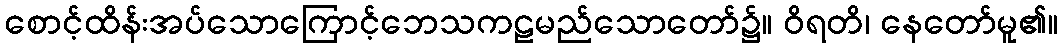
စောင့်ထိန်းအပ်သောကြောင့်ဘေသကဠမည်သောတော်၌။ ဝိရတိ၊ နေတော်မူ၏။